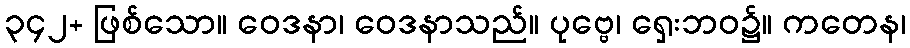
၃၄၂+ ဖြစ်သော။ ဝေဒနာ၊ ဝေဒနာသည်။ ပုဗ္ဗေ၊ ရှေးဘဝ၌။ ကတေန၊